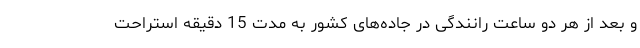
و بعد از هر دو ساعت رانندگی در جاده‌های کشور به مدت 15 دقیقه استراحت